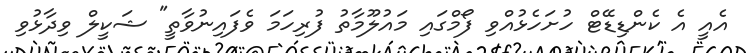
އެއީ އެ ކެންޑިޑޭޓް ހުށަހެޅުއްވި ފޯމްގައި މައުލޫމާތު ފުރިހަމަ ވެފައިނުވާތީ" ޝަކީލް ވިދާޅުވި